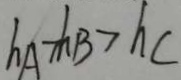
h _ { A } > h _ { B } > h _ { c }